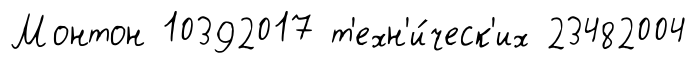
Монтон 10392017 т'ехн'и́ческ'их 23482004